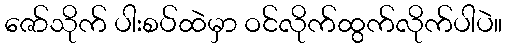
ဇော်သိုက် ပါးစပ်ထဲမှာ ဝင်လိုက်ထွက်လိုက်ပါပဲ။